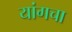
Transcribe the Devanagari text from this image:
यांगचा